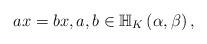
LaTeX: \begin{align*}ax=bx,a,b\in \mathbb{H}_{K}\left( \alpha ,\beta \right) , \end{align*}